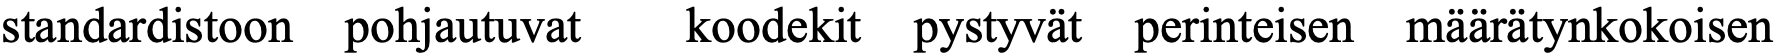
standardistoon pohjautuvat koodekit pystyvät perinteisen määrätynkokoisen